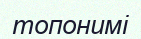
топонимі